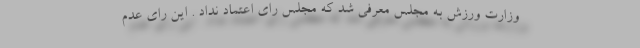
وزارت ورزش به مجلس معرفی شد که مجلس رای اعتماد نداد . این رای عدم